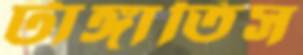
টাঙ্গাতিস